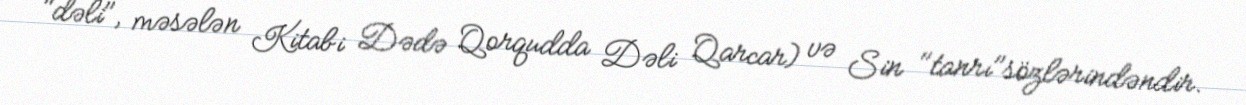
"dəli", məsələn Kitabi Dədə Qorqudda Dəli Qarcar) və Sin "tanrı"sözlərindəndir.